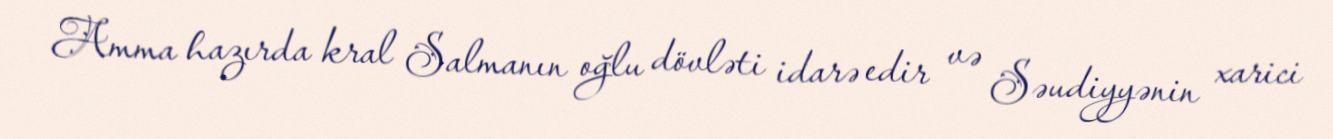
Amma hazırda kral Salmanın oğlu dövləti idarə edir və Səudiyyənin xarici